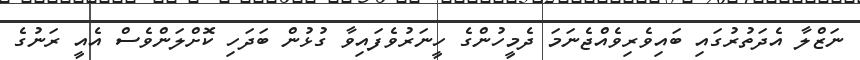
ނަޒްލާ އެދަތުރުގައި ބައިވެރިވެއްޖެނަމަ ދެމީހުންގެ ހީނަރުވެފައިވާ ގުޅުން ބަދަހި ކޮށްލަންވެސް އެއީ ރަނުގެ